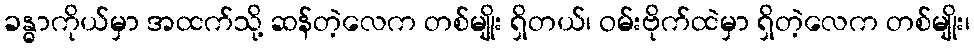
ခန္ဓာကိုယ်မှာ အထက်သို့ ဆန်တဲ့လေက တစ်မျိုး ရှိတယ်၊ ဝမ်းဗိုက်ထဲမှာ ရှိတဲ့လေက တစ်မျိုး၊